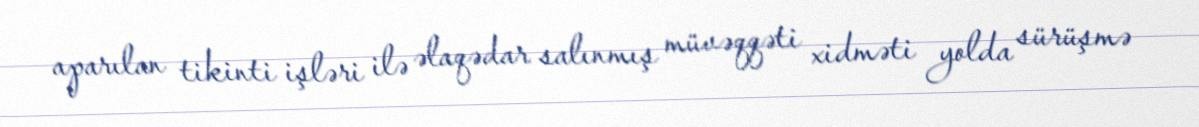
aparılan tikinti işləri ilə əlaqədar salınmış müvəqqəti xidməti yolda sürüşmə